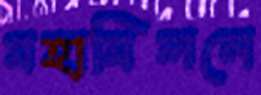
মহামিলনে